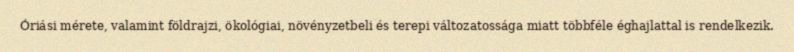
Óriási mérete, valamint földrajzi, ökológiai, növényzetbeli és terepi változatossága miatt többféle éghajlattal is rendelkezik.